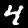
Label: 4